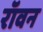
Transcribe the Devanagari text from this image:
रॉवन